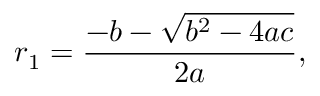
r _ { 1 } = { \frac { - b - { \sqrt { b ^ { 2 } - 4 a c } } } { 2 a } } ,